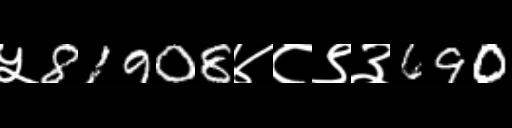
Text: ५81908४८९३690